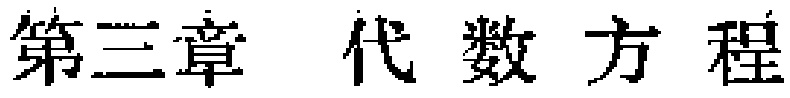
第三章 代数方程